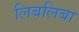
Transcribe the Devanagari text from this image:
लिबलिबा